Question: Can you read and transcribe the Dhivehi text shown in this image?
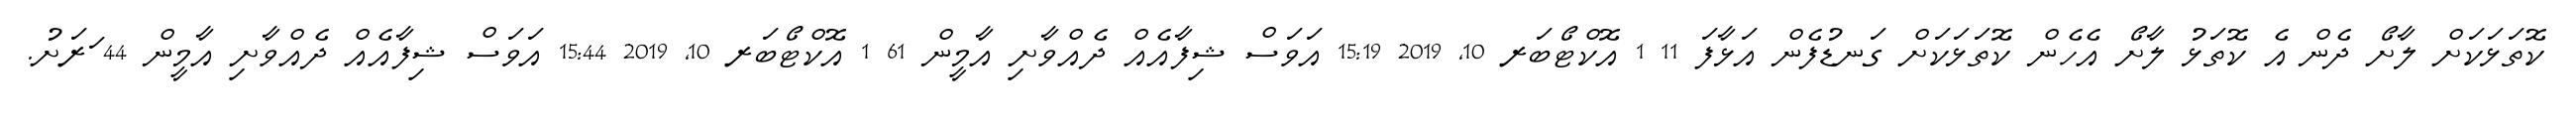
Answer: ކޮތަޅަކަށް ލާށޯ ދެން އެ ކޮތަޅު ލާށޯ އެހެން ކޮތަޅަކަށް ގަނޑުފެން އަޅާފަ 11 1 އޮކްޓޯބަރ 10, 2019 15:19 އަވަސް ޝިފާއެއް ދެއްވާށި އާމީން 61 1 އޮކްޓޯބަރ 10, 2019 15:44 އަވަސް ޝިފާއެއް ދެއްވާށި އާމީން 44 ަރަށު.